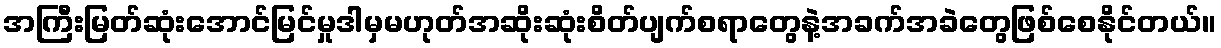
အကြီးမြတ်ဆုံးအောင်မြင်မှုဒါမှမဟုတ်အဆိုးဆုံးစိတ်ပျက်စရာတွေနဲ့အခက်အခဲတွေဖြစ်စေနိုင်တယ်။